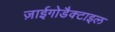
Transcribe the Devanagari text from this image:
ज़ाईगोडैक्टाइल